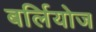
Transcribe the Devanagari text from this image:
बर्लियोज